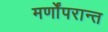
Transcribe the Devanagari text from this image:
मर्णोंपरान्त